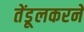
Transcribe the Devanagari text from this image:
तेंडूलकरने